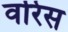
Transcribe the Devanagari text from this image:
वरिस